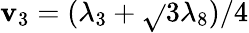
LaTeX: \mathbf{v}_{3}=(\lambda_{3}+\sqrt{}{{3}}\lambda_{8})/4